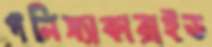
পলিস্যাকারাইড